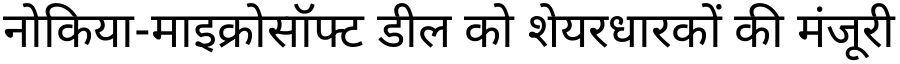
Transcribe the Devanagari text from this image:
नोकिया-माइक्रोसॉफ्ट डील को शेयरधारकों की मंजूरी